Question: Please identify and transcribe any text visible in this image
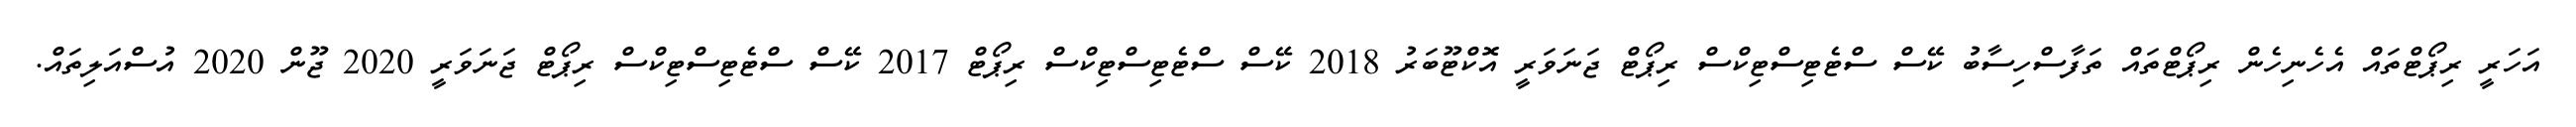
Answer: އަހަރީ ރިޕޯޓްތައް އެހެނިހެން ރިޕޯޓްތައް ތަފާސްހިސާބު ކޭސް ސްޓެޓިސްޓިކްސް ރިޕޯޓް ޖަނަވަރީ އޮކްޓޫބަރު 2018 ކޭސް ސްޓެޓިސްޓިކްސް ރިޕޯޓް 2017 ކޭސް ސްޓެޓިސްޓިކްސް ރިޕޯޓް ޖަނަވަރީ 2020 ޖޫން 2020 އުސްއަލިތައް.